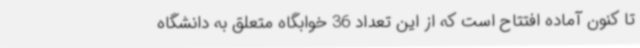
تا کنون آماده افتتاح است که از این تعداد 36 خوابگاه متعلق به دانشگاه